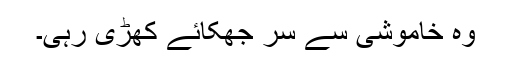
وہ خاموشی سے سر جھکائے کھڑی رہی۔